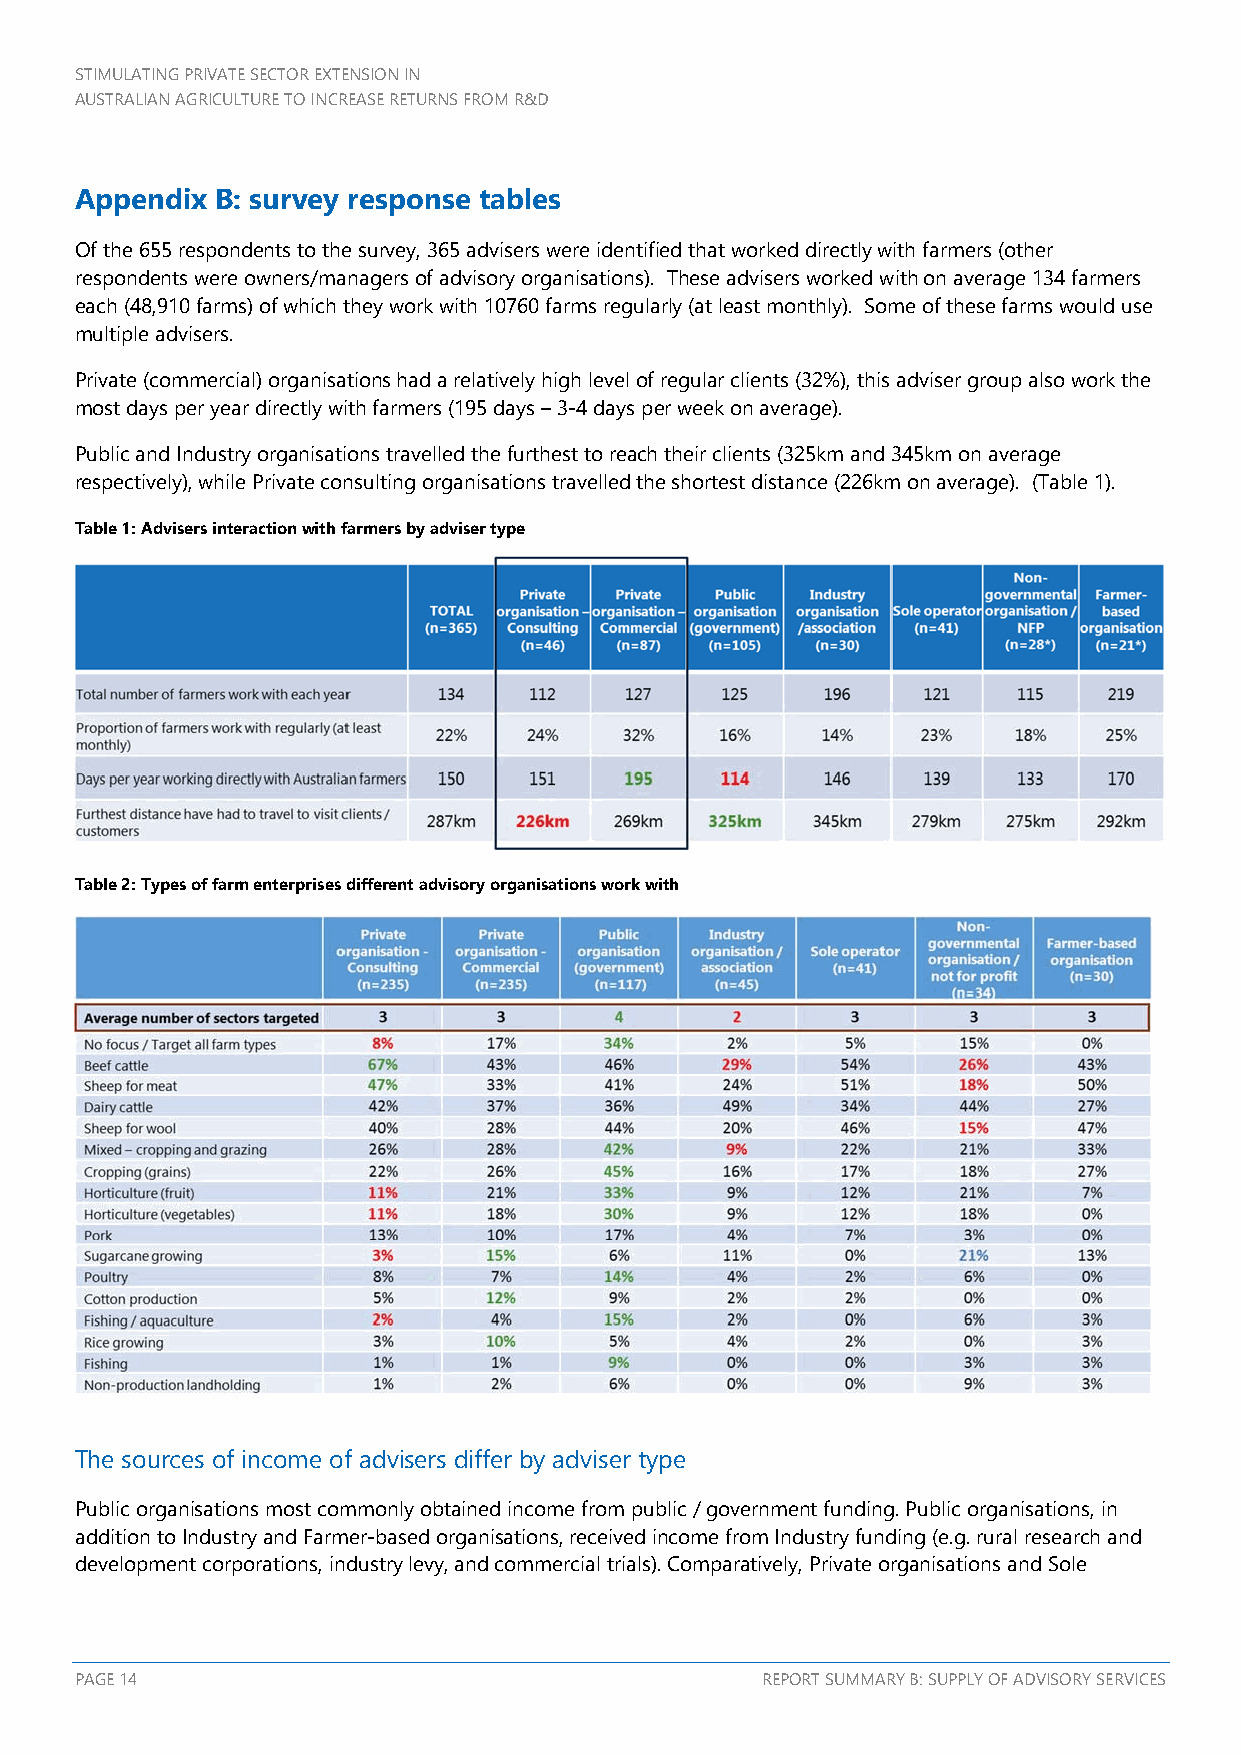
STIMULATING PRIVATE SECTOR EXTENSION IN
 AUSTRALIAN AGRICULTURE TO INCREASE RETURNS FROM R&D
 Appendix B: survey response tables
 Of the 655 respondents to the survey, 365 advisers were identified that worked directly with farmers (other
 respondents were owners/managers of advisory organisations). These advisers worked with on average 134 farmers
 each (48,910 farms) of which they work with 10760 farms regularly (at least monthly). Some of these farms would use
 multiple advisers.
 Private (commercial) organisations had a relatively high level of regular clients (32%), this adviser group also work the
 most days per year directly with farmers (195 days – 3-4 days per week on average).
 Public and Industry organisations travelled the furthest to reach their clients (325km and 345km on average
 respectively), while Private consulting organisations travelled the shortest distance (226km on average). (Table 1).
 Table 1: Advisers interaction with farmers by adviser type
 Table 2: Types of farm enterprises different advisory organisations work with
 The sources of income of advisers differ by adviser type
 Public organisations most commonly obtained income from public / government funding. Public organisations, in
 addition to Industry and Farmer-based organisations, received income from Industry funding (e.g. rural research and
 development corporations, industry levy, and commercial trials). Comparatively, Private organisations and Sole
 PAGE 14                                      REPORT SUMMARY B: SUPPLY OF ADVISORY SERVICES